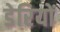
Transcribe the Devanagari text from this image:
डेरियों